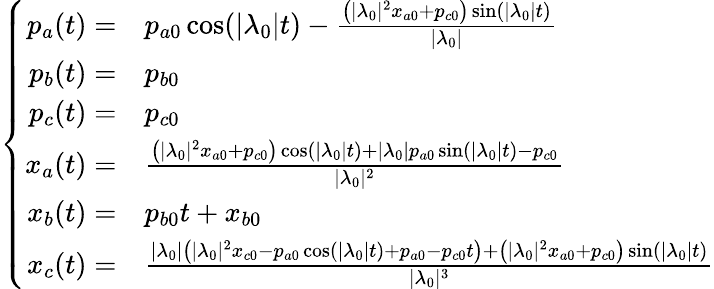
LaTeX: \left\{ \begin{array}{rl}{p_{a}(t)=}&{p_{a0}\cos(|\lambda_{0}|t)-\frac{\left(|\lambda_{0}|^{2}x_{a0}+p_{c0}\right)\sin(|\lambda_{0}|t)}{|\lambda_{0}|}}\\ {p_{b}(t)=}&{p_{b0}}\\ {p_{c}(t)=}&{p_{c0}}\\ {x_{a}(t)=}&{\frac{\left(|\lambda_{0}|^{2}x_{a0}+p_{c0}\right)\cos(|\lambda_{0}|t)+|\lambda_{0}|p_{a0}\sin(|\lambda_{0}|t)-p_{c0}}{|\lambda_{0}|^{2}}}\\ {x_{b}(t)=}&{p_{b0}t+x_{b0}}\\ {x_{c}(t)=}&{\frac{|\lambda_{0}|\left(|\lambda_{0}|^{2}x_{c0}-p_{a0}\cos(|\lambda_{0}|t)+p_{a0}-p_{c0}t\right)+\left(|\lambda_{0}|^{2}x_{a0}+p_{c0}\right)\sin(|\lambda_{0}|t)}{|\lambda_{0}|^{3}}}\end{array}\right.